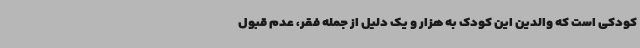
کودکی است که والدین این کودک به هزار و یک دلیل از جمله فقر، عدم قبول